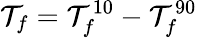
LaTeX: \mathcal{T}_{f}=\mathcal{T}_{f}^{10}-\mathcal{T}_{f}^{90}